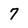
Character: 7